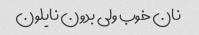
نان خوب ولی بدون نایلون